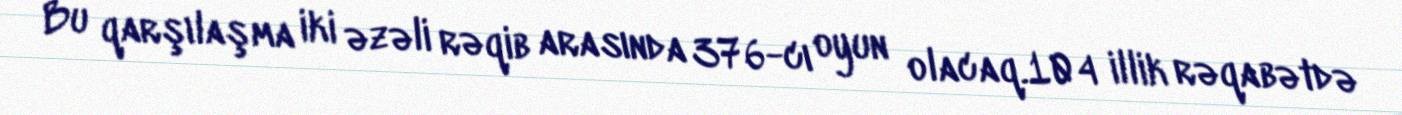
Bu qarşılaşma iki əzəli rəqib arasında 376-cı oyun olacaq.104 illik rəqabətdə